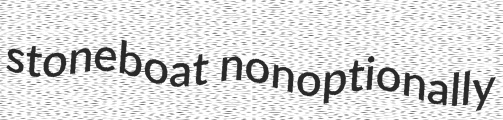
stoneboat nonoptionally